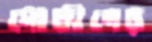
দোষীদের